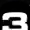
Digit: 3